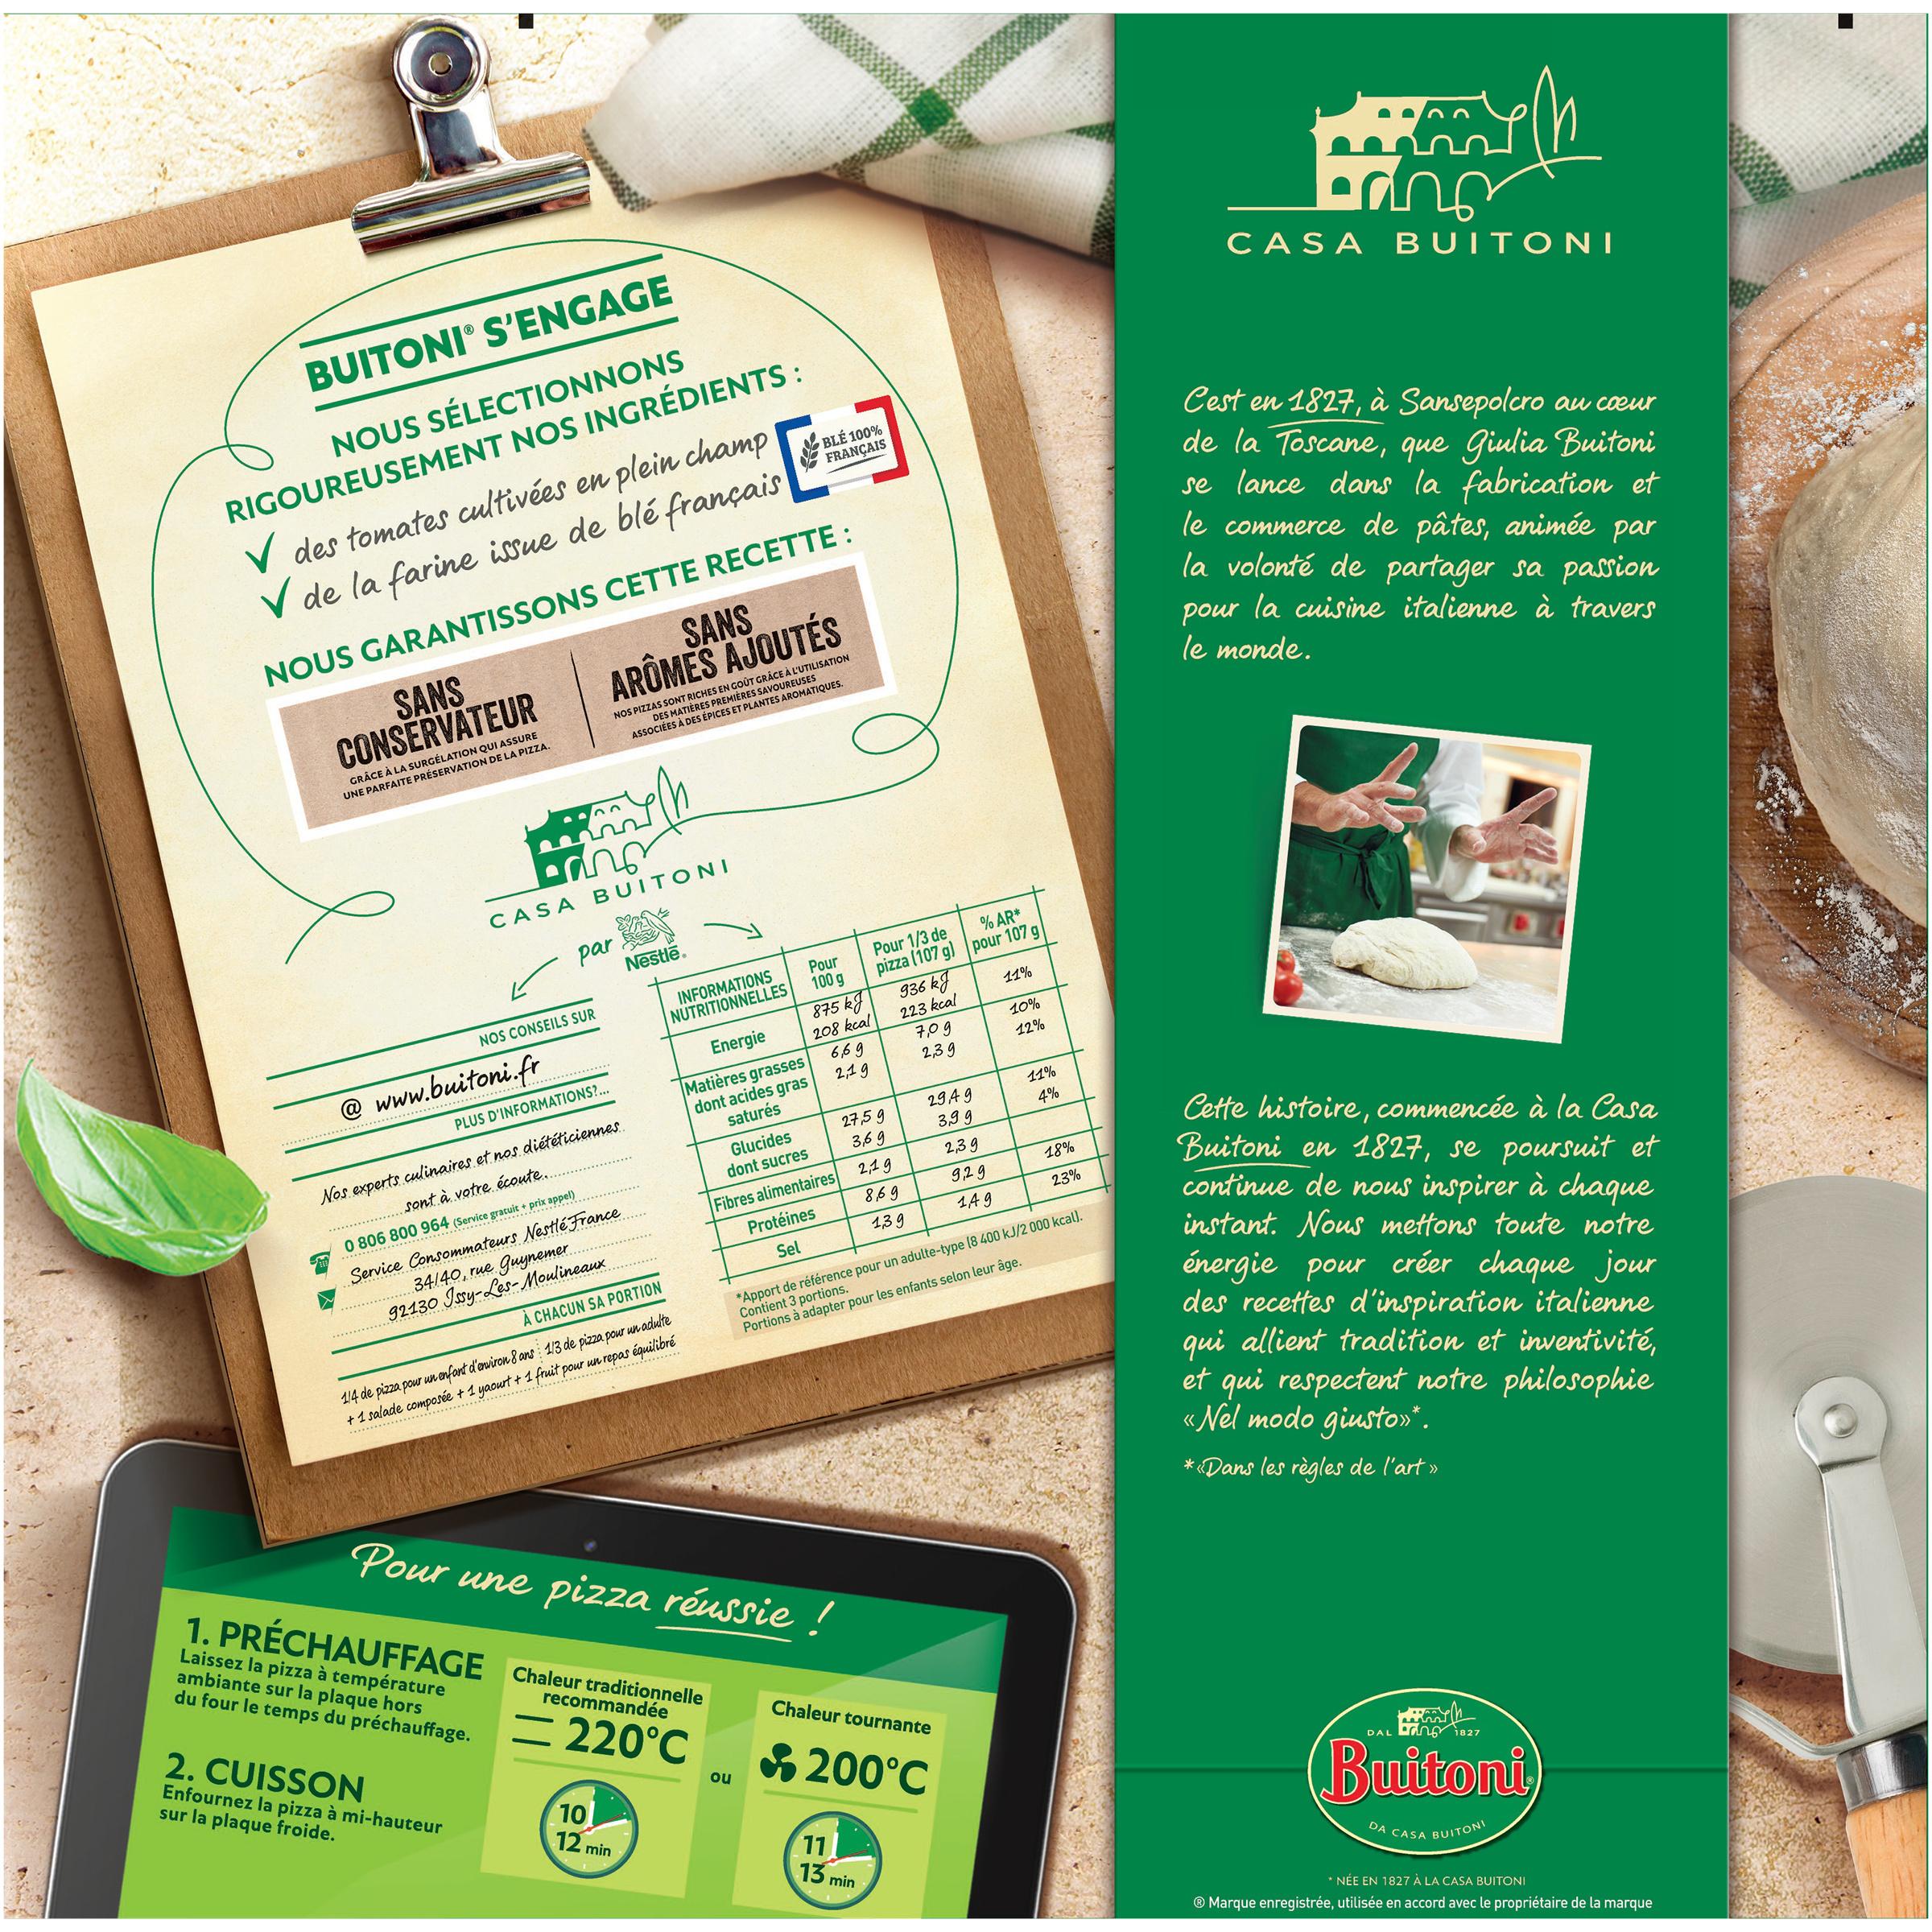
BUITONI S'ENGAGE
NOUS SÉLECTIONNONS RIGOUREUSEMENT NOS INGRÉDIENTS : ✓ des tomates cultivées en plein champ V de la farine issue de blé français
NOUS GARANTISSONS CETTE RECETTE :
SANS CONSERVATEUR
GRÂCE À LA SURGÉLATION QUI ASSURE UNE PARFAITE PRÉSERVATION DE LA PIZZA.
NOS CONSEILS SUR
@ www.buitoni.fr..
PLUS D'INFORMATIONS?...
0 806 800 964
..................
CASA BUITONI
SANS ARÔMES AJOUTÉS
NOS PIZZAS SONT RICHES EN GOUT GRÂCE À L'UTILISATION DES MATIÈRES PREMIÈRES SAVOUREUSES ASSOCIÉES À DES ÉPICES ET PLANTES AROMATIQUES.
par
Nos experts culinaires et nos diététiciennes.
sont à votre écoute..
********..........
+ prix appel)
(Service
gratuit + prix
Service Consommateurs Nestlé France.
34/40, rue Guynemer. 92130 Issy-Les-Moulineaux
2. CUISSON
Enfournez la pizza à mi-hauteur sur la plaque froide.
Nestlē.
À CHACUN SA PORTION
1/4 de pizza pour un enfant d'environ 8 ans 1/3 de pizza pour un adulte
+ 1 salade composée + 1 yaourt + 1 fruit pour un repas équilibré
INFORMATIONS NUTRITIONNELLES
Energie Matières grasses
dont acides gras saturés
Glucides
dont sucres
Fibres alimentaires
1. PRÉCHAUFFAGE Chaleur traditionnelle
recommandée
Laissez la pizza à température ambiante sur la plaque hors
= 220°C
du four le temps du préchauffage.
10
12 min
Pour une pizza réussie
ou
BLÉ 100% FRANÇAIS
Pour 100 g 875 kJ 208 kcal 6,69 2,19
Protéines Sel
Pour 1/3 de pizza (107 g)
27,59
3,69
2,19
8,69
1,39
936 kJ 223 kcal
11
13 min
7,09
2,39
% AR* pour 107 g
29,49
3,9 9
2,39
Chaleur tournante
200°C
9,29
1,49
11%
10%
12%
*Apport de référence pour un adulte-type (8 400 kJ/2 000 kcal). Contient 3 portions.
Portions à adapter pour les enfants selon leur âge.
11%
4%
18%
23%
cand
CASA BUITONI
Cest en 1827, à Sansepolcro au cœur
de la Toscane, que Giulia Buitoni se lance dans la fabrication et le commerce de pâtes, animée par la volonté de partager sa passion pour la cuisine italienne à travers le monde.
Cette histoire, commencée à la Casa Buitoni en 1827, se poursuit et continue de nous inspirer à chaque instant. Nous mettons toute notre énergie pour créer chaque jour des recettes d'inspiration italienne qui allient tradition et inventivité, et qui respectent notre philosophie «Nel modo giusto»*.
*Dans les règles de l'art »
m
Buitoni
DA CASA BUITONI
DAL 1827
* NÉE EN 1827 À LA CASA BUITONI
® Marque enregistrée, utilisée en accord avec le propriétaire de la marque